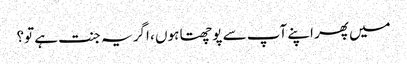
میں پھر اپنے آپ سے پوچھتا ہوں ، اگر یہ جنت ہے تو؟